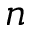
n